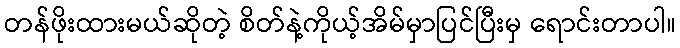
တန်ဖိုးထားမယ်ဆိုတဲ့ စိတ်နဲ့ကိုယ့်အိမ်မှာပြင်ပြီးမှ ရောင်းတာပါ။